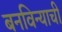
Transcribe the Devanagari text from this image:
बनविन्याची